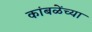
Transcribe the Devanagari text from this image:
कांबळेंच्या